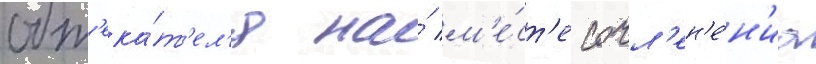
обт'ека́т'ел'я на́ м'е́ст'е сочл'ен'е́н'иа